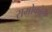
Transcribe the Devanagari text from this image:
रामोफोन